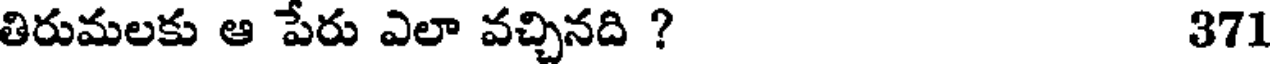
తిరుమలకు ఆ పేరు ఎలా వచ్చినది ? 371